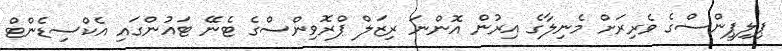
ޕިލިޕީންސްގެ ވެރިރަށް މެނިލާގެ އިރުން އޮންނަ ރިޒަލް ޕްރޮވިންސްގެ ޓެނޭ ޓައުންގައި އެކްސިޑެންޓް